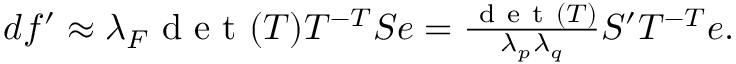
\begin{array} { r } { d f ^ { \prime } \approx \lambda _ { F } \mathrm { ~ d ~ e ~ t ~ } ( T ) T ^ { - T } S e = \frac { \mathrm { ~ d ~ e ~ t ~ } ( T ) } { \lambda _ { p } \lambda _ { q } } S ^ { \prime } T ^ { - T } e . } \end{array}